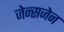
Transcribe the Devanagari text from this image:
जेन्सजेन